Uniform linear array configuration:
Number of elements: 24
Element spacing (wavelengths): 0.75
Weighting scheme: hamming
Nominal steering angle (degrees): -45
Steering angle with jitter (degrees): -45.334
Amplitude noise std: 0.05
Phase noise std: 0.05

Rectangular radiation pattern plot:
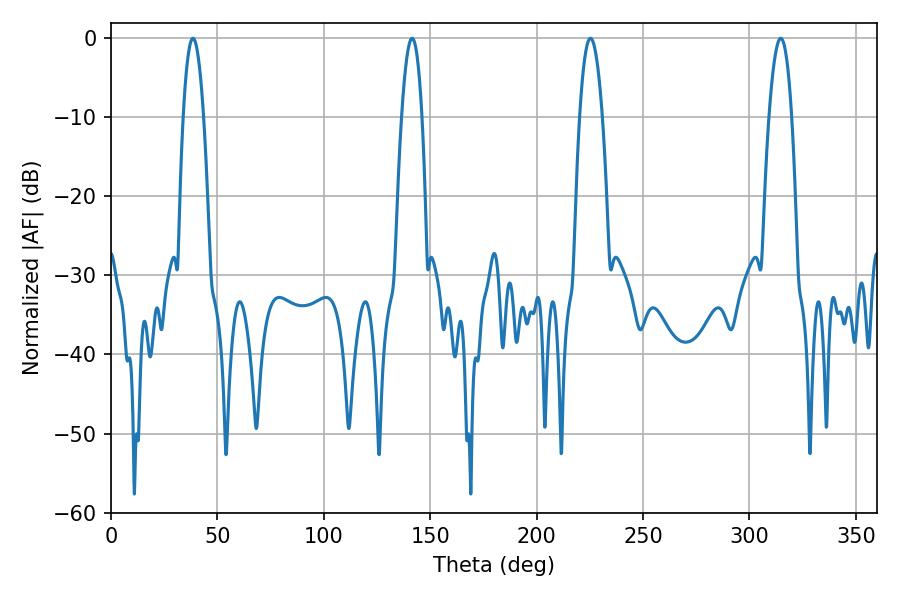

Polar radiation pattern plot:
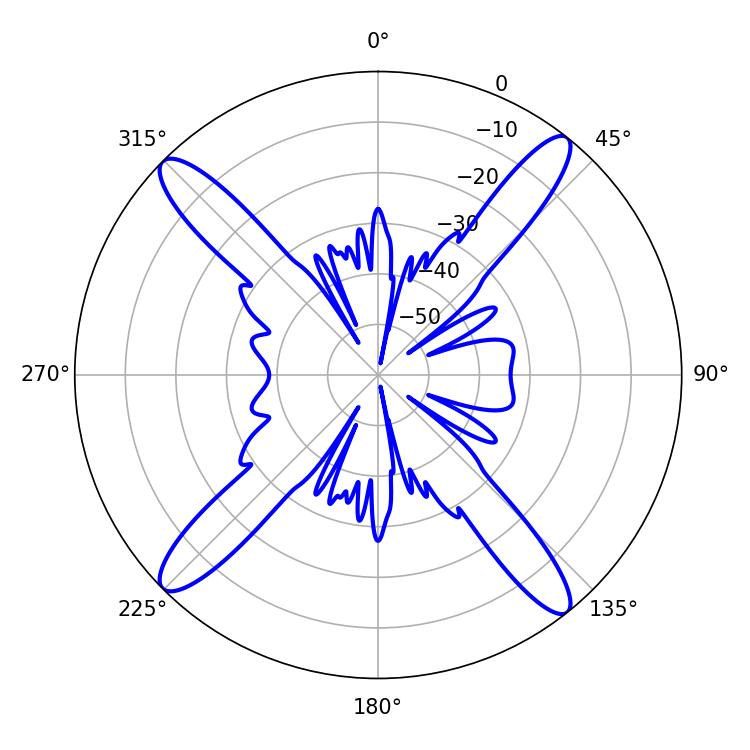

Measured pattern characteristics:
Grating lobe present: TRUE
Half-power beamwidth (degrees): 5.22
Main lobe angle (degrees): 38.52